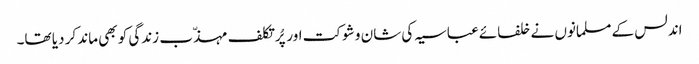
اندلس کے مسلمانوں نے خلفائے عباسیہ کی شان و شوکت اور پُرتکلف مہذّب زندگی کو بھی ماند کر دیا تھا۔